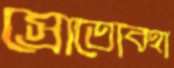
স্রোতোবহা